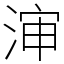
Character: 渖